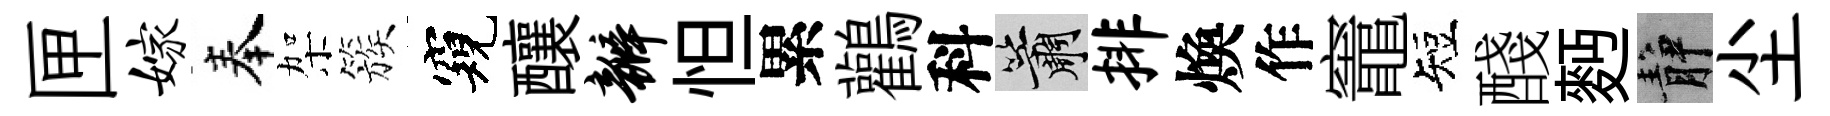
匣嫁奉架簇窺釀瓣怛累鸛科簫排煥作竈短醆麪静尘